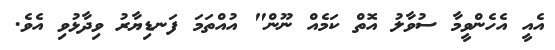
އެއީ އެހެންވީމާ ސުވާލު އޮތް ކަމެއް ނޫން" އުއްތަމަ ފަނޑިޔާރު ވިދާޅުވި އެވެ.